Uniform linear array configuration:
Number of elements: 12
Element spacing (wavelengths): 0.75
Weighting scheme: binomial
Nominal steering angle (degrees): -60
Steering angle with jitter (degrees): -60.301
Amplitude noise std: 0.05
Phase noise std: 0.05

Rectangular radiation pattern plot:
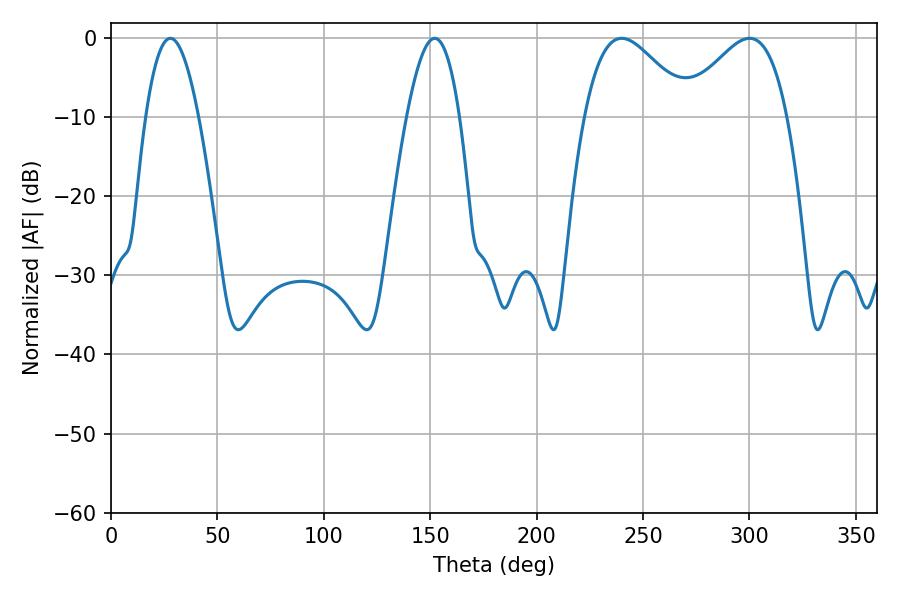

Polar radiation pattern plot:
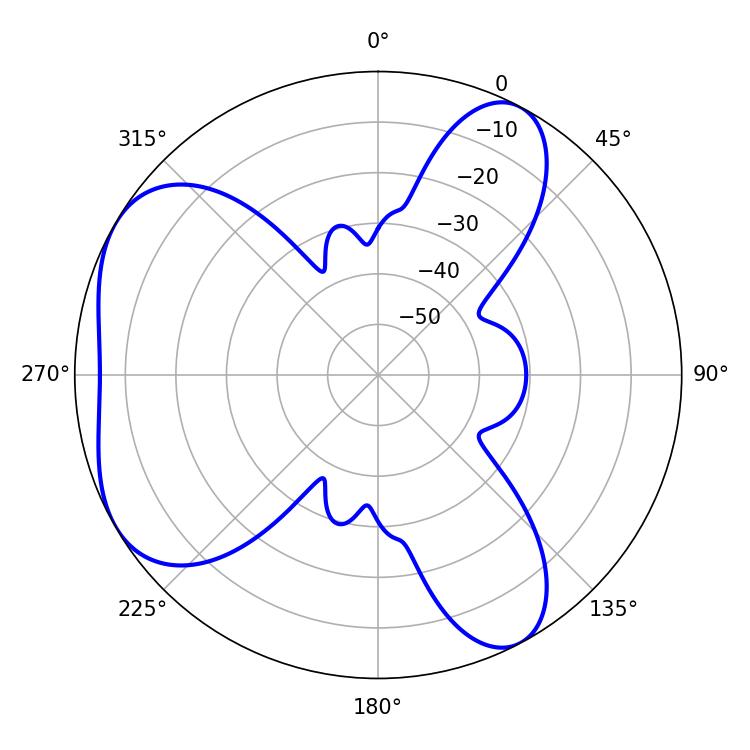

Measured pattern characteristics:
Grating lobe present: TRUE
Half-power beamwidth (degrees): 26.46
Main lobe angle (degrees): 239.94